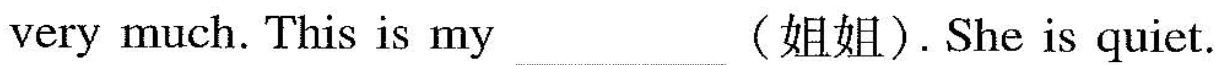
very much. This is my ___ (姐姐).She is quiet.